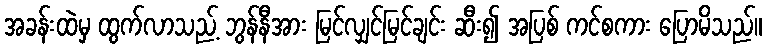
အခန်းထဲမှ ထွက်လာသည့် ဘွန်နီအား မြင်လျှင်မြင်ချင်း ဆီး၍ အပြစ် ကင်စကား ပြောမိသည်။